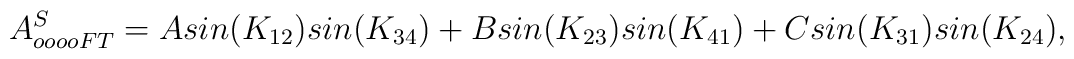
A^S_{oooo FT} = A sin(K_{12}) sin(K_{34}) + B sin(K_{23}) sin(K_{41})+ C sin(K_{31}) sin (K_{24}),